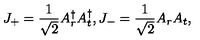
J _ { + } = \frac { 1 } { \sqrt 2 } A _ { r } ^ { \dag } A _ { t } ^ { \dag } , J _ { - } = \frac { 1 } { \sqrt 2 } A _ { r } A _ { t } ,